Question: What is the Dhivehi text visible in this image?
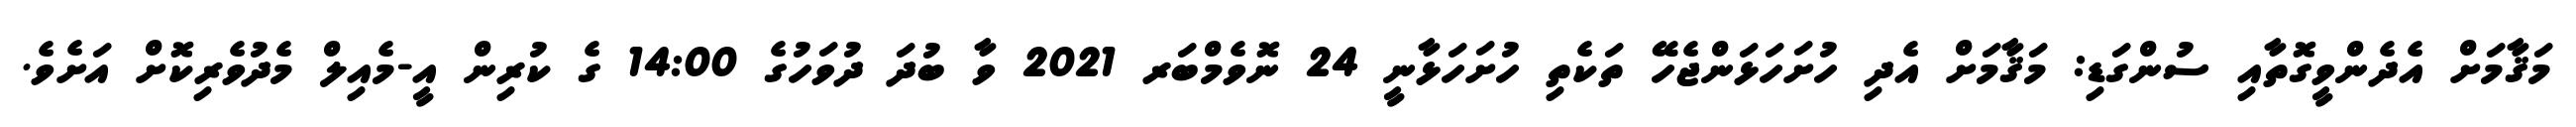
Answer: މަޤާމަށް އެދެންވީގޮތާއި ސުންގަޑި: މަޤާމަށް އެދި ހުށަހަޅަންޖެހޭ ތަކެތި ހުށަހަޅާނީ 24 ނޮވެމްބަރ 2021 ވާ ބުދަ ދުވަހުގެ 14:00 ގެ ކުރިން އީ-މެއިލް މެދުވެރިކޮށް އަށެވެ.